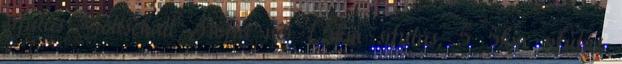
sífutás Gottschall Zsófia női 1,5km sífutás, 5 5km sífutás